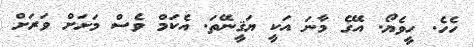
ހެހެ. ހީވެޔޯ. އޭގެ މާނަ އަކީ ޔަޤީނޭތަ. އެކަމް ވެސް މަށަށް ވަރަށް